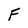
Character: F